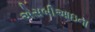
એસબીઆઇના